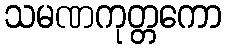
သမဏကုတ္တကော